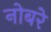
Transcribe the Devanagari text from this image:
नोबरे